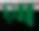
মো